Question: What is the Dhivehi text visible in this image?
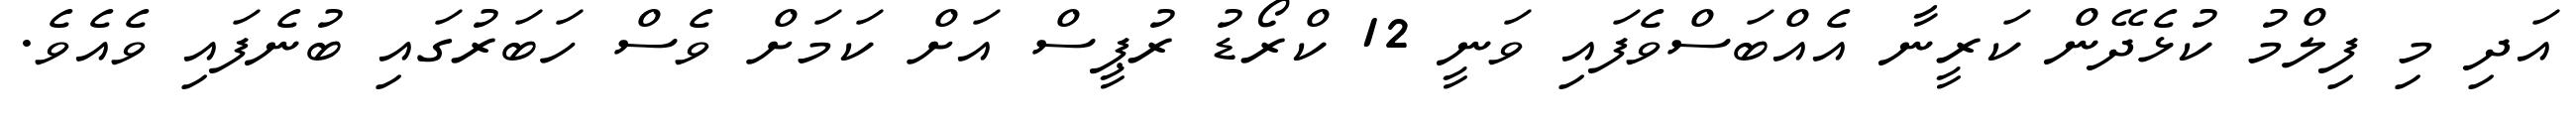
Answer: އަދި މި ފިލްމު ކުޅެދޭން ކަރީނާ އެއްބަސްވެފައި ވަނީ 12 ކްރޯޑު ރުޕީސް އަށް ކަމަށް ވެސް ހަބަރުގައި ބުނެފައި ވެއެވެ.